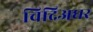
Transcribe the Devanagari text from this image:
चिदिअघर